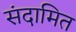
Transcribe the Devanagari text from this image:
संदामित